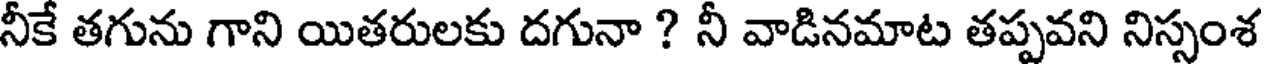
నీకే తగును గాని యితరులకు దగునా ? నీ వాడినమాట తప్పవని నిస్సంశ